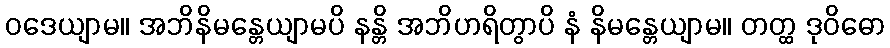
ဝဒေယျာမ။ အဘိနိမန္တေယျာမပိ နန္တိ အဘိဟရိတွာပိ နံ နိမန္တေယျာမ။ တတ္ထ ဒုဝိဓော